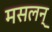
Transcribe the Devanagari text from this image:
मसलन्